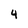
Character: 4